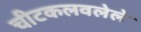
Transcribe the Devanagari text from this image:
चीटकलवलेले